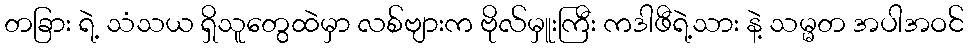
တခြား ရဲ့ သံသယ ရှိသူတွေထဲမှာ လစ်ဗျားက ဗိုလ်မှူးကြီး ကဒါဖီရဲ့သား နဲ့ သမ္မတ အပါအဝင်